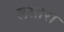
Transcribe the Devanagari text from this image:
लसोरा